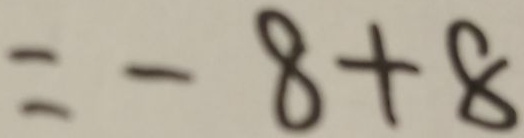
= - 8 + 8